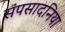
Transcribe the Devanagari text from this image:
संपसादनिया